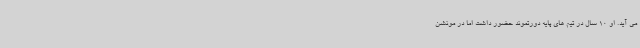
می آید. او 10 سال در تیم های پایه دورتموند حضور داشت اما در مونشن